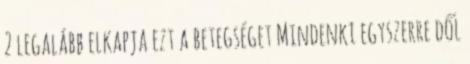
2 legalább elkapja ezt a betegséget Mindenki egyszerre dől